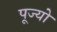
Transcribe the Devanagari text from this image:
पूज्‍यो